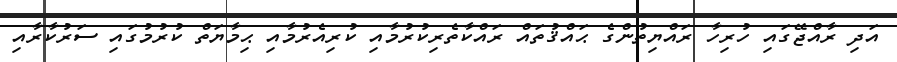
އަދި ރާއްޖޭގައި ހުރިހާ ރައްޔިތުންގެ ޙައްޤުތައް ރައްކާތެރިކުރުމާއި ކުރިއެރުމާއި ޙިމާޔަތް ކުރުމުގައި ސަރުކާރާއި